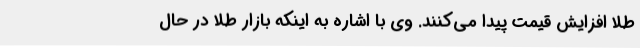
طلا افزایش قیمت پیدا می‌کنند. وی با اشاره به اینکه بازار طلا در حال